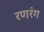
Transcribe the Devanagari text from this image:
रणरंग